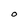
Character: O